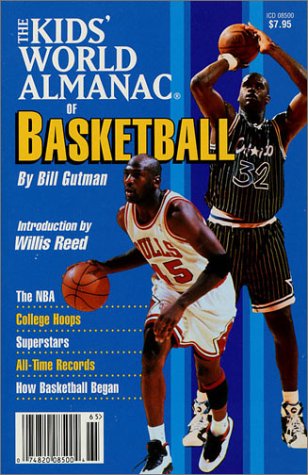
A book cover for The Kids' World Almanac of Basketball; Bill Gutman; Teen & Young Adult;